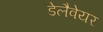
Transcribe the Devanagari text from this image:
डेलैवेयर